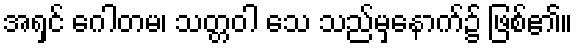
အရှင် ဂေါတမ၊ သတ္တဝါ သေ သည်မှနောက်၌ ဖြစ်၏။